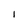
Character: I